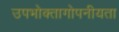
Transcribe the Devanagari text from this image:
उपभोक्तागोपनीयता